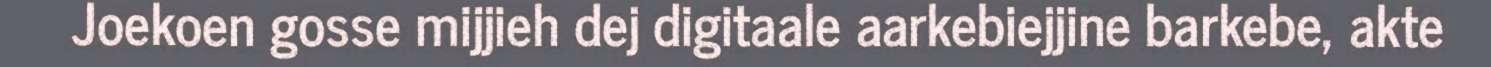
Joekoen gosse mijjieh dej digitaale aarkebiejjine barkebe, akte